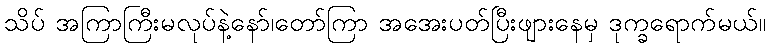
သိပ် အကြာကြီးမလုပ်နဲ့နော်၊တော်ကြာ အအေးပတ်ပြီးဖျားနေမှ ဒုက္ခရောက်မယ်။